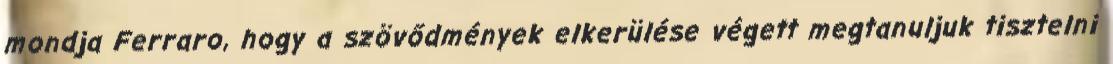
mondja Ferraro, hogy a szövődmények elkerülése végett megtanuljuk tisztelni